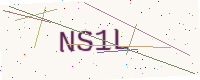
Text: NS1L